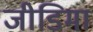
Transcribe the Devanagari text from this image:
जीडिमा